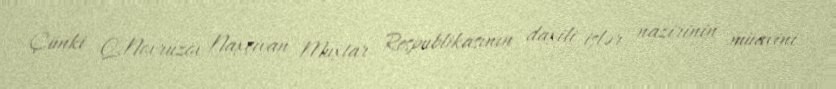
Çünki Q.Novruzov Naxçıvan Muxtar Respublikasının daxili işlər nazirinin müavini